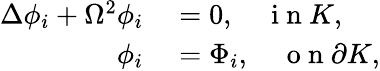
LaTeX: \begin{array}{rl}{\Delta\phi_{i}+\Omega^{2}\phi_{i}}&{{}=0,\quad\mathrm{~i~n~}K,}\\ {\phi_{i}}&{{}=\Phi_{i},\quad\mathrm{~o~n~}\partial K,}\end{array}